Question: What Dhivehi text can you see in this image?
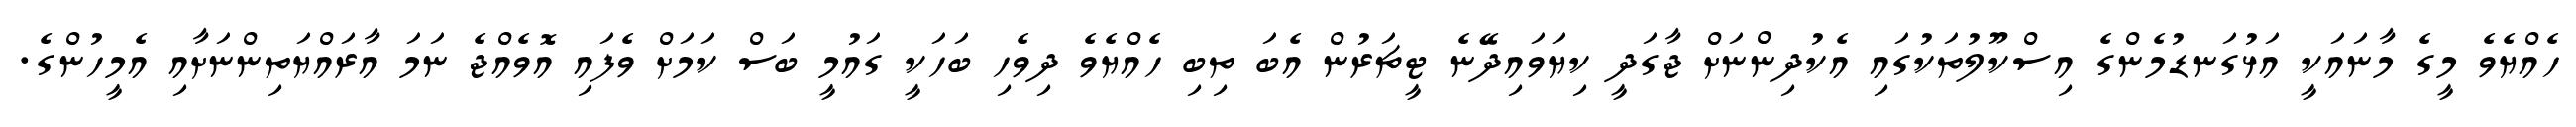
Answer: ހެއްޔެވެ މީގެ މާނައަކީ އަޅުގަނޑުމެންގެ އިސްކޫލުތަކުގައި އެކުދިންނަށް ޖާގަދީ ކިޔަވައިދޭނެ ޓީޗަރުން އެބަ ތިބި ހެއްޔެވެ ދިވެހި ބަހަކީ ގައުމީ ބަސް ކަމަށް ވެފައި އޮވެއްޖެ ނަމަ އާރައްޔަތިންނަށާއި އެމީހުންގެ.